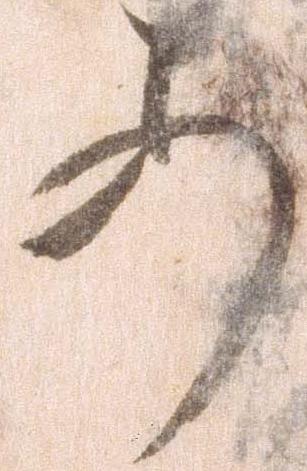
あ